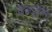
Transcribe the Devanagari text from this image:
शिक्षावृत्ति